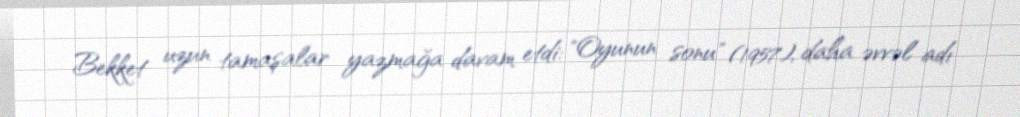
Bekket uzun tamaşalar yazmağa davam etdi: "Oyunun sonu" (1957), daha əvvəl adı